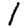
Digit: 1